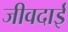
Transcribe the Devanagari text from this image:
जीवदाई